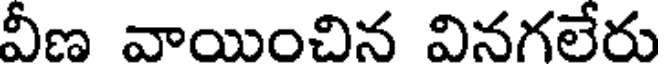
వీణ వాయించిన వినగలేరు